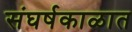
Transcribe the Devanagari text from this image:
संघर्षकाळात